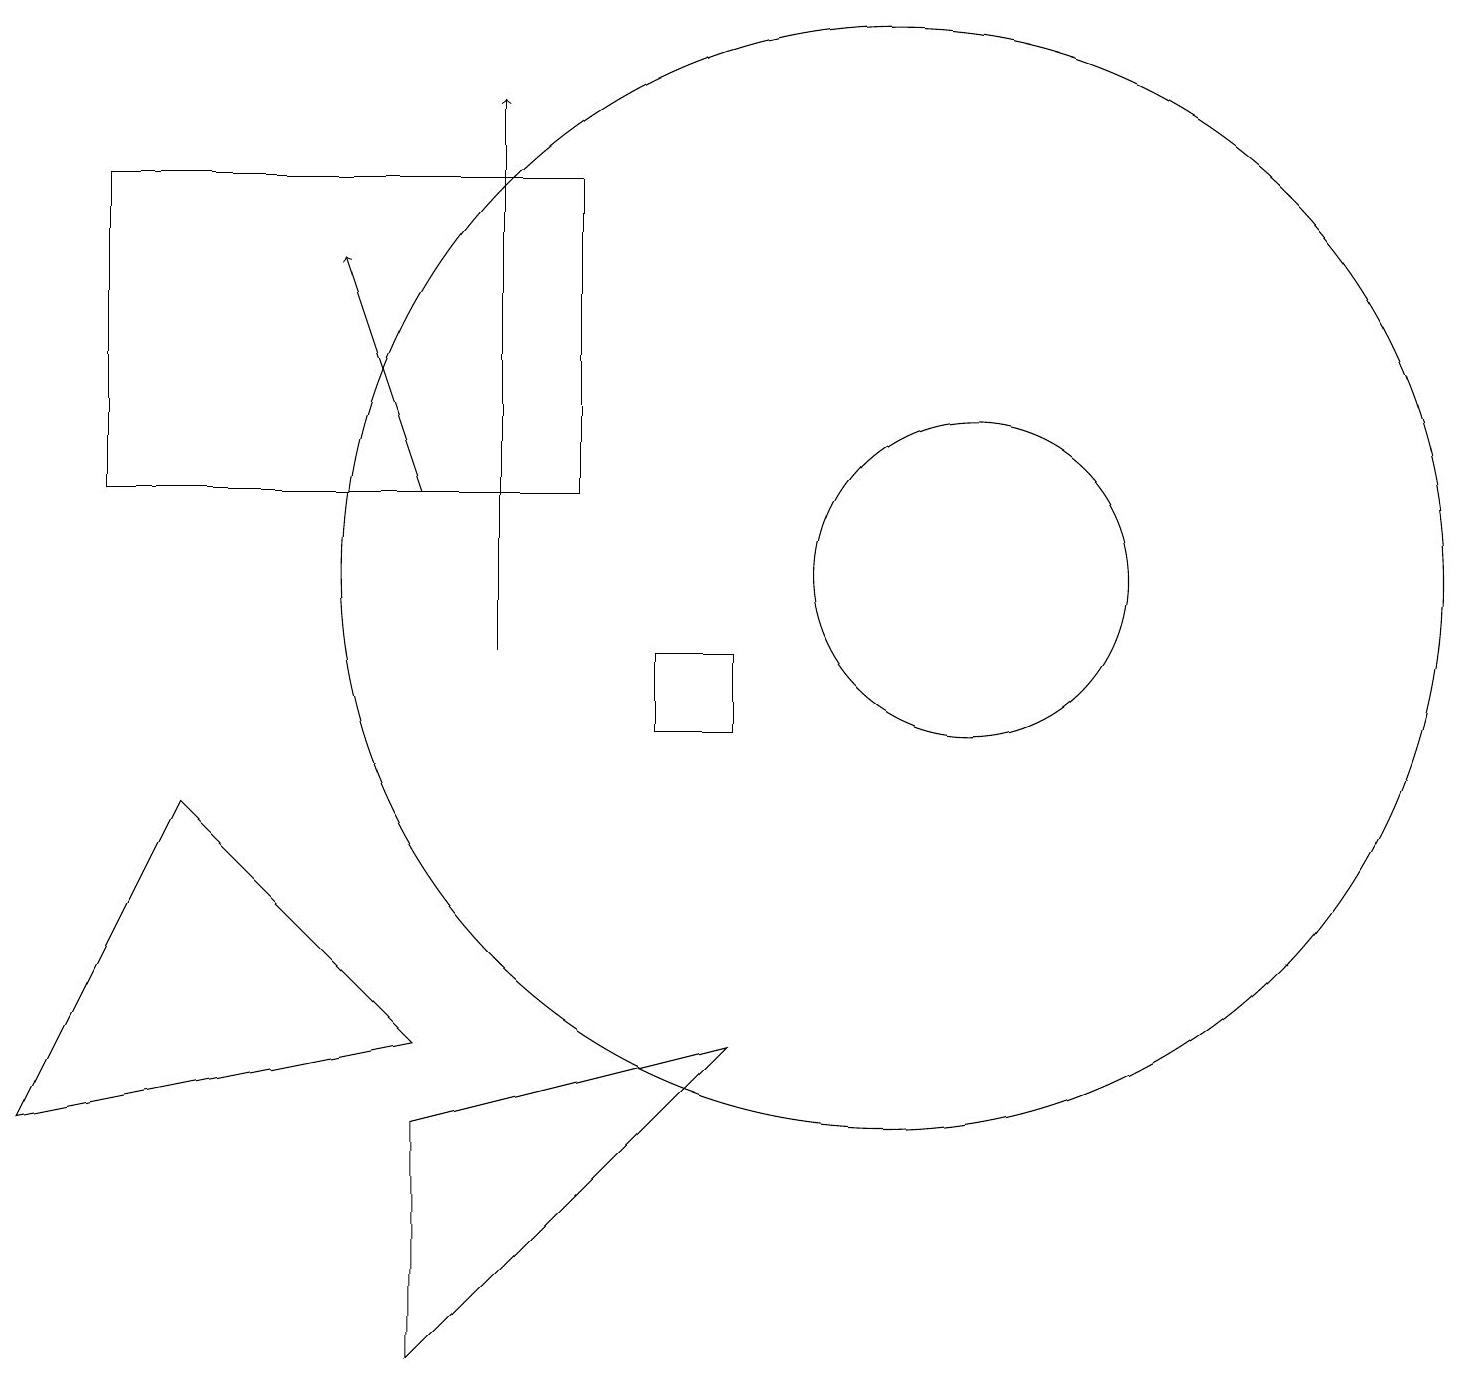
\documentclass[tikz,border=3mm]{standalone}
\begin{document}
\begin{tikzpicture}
\draw (5,6) -- (2,9) -- (0,5) -- cycle;
\draw (12,12) circle (2);
\draw (11,12) circle (7);
\draw (8,11) rectangle (9,10);
\draw (5,5) -- (5,2) -- (9,6) -- cycle;
\draw (7,13) rectangle (1,17);
\draw[->] (6,11) -- (6,18);
\draw[->] (5,13) -- (4,16);
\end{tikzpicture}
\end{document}